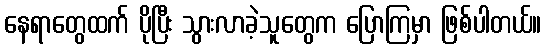
နေရာတွေထက် ပိုပြီး သွားလာခဲ့သူတွေက ပြောကြမှာ ဖြစ်ပါတယ်။